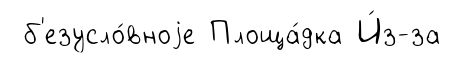
б'езусло́вноjе Площа́дка И́з-за